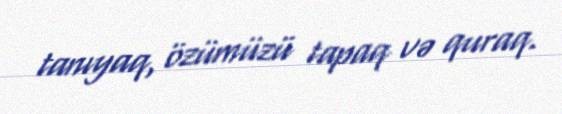
tanıyaq, özümüzü tapaq və quraq.